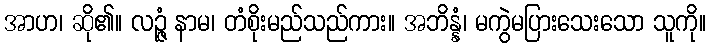
အာဟ၊ ဆို၏။ လဉ္ဇံ နာမ၊ တံစိုးမည်သည်ကား။ အဘိန္နံ၊ မကွဲမပြားသေးသော သူကို။